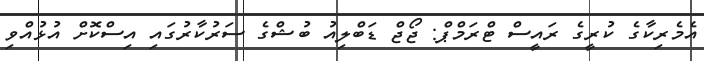
އެމެރިކާގެ ކުރީގެ ރައީސް ޓްރަމްޕް: ޖޯޖް ޑަބްލިއު ބުޝްގެ ސަރުކާރުގައި އިސްކޮށް އުޅުއްވި